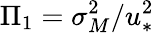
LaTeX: \Pi_{1}=\sigma_{M}^{2}/u_{*}^{2}